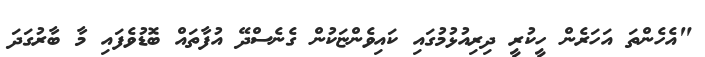
"އެހެންތަ އަހަރެން ހީކުރީ ދިރިއުޅުމުގައި ކައިވެންޏަކުން ގެނެސްދޭ އުފާތައް ބޮޑުވެފައި މާ ބާރުގަދަ